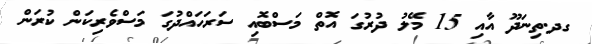
ގދ.ތިނަދޫ އާއި 15 މޭލު ދުރުގަ އޮތް މަސްބޮއި ސަރަހައްދުގަ މަސްވެރިކަން ކުރަން